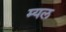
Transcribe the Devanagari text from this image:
म्यल